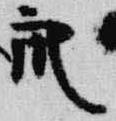
衆